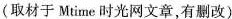
(取材于Mtime时光网文章有删改)